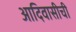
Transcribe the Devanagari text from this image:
आदिवासीची